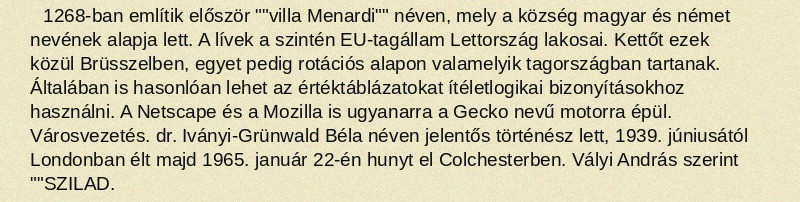
1268-ban említik először ""villa Menardi"" néven, mely a község magyar és német nevének alapja lett. A lívek a szintén EU-tagállam Lettország lakosai. Kettőt ezek közül Brüsszelben, egyet pedig rotációs alapon valamelyik tagországban tartanak. Általában is hasonlóan lehet az értéktáblázatokat ítéletlogikai bizonyításokhoz használni. A Netscape és a Mozilla is ugyanarra a Gecko nevű motorra épül. Városvezetés. dr. Iványi-Grünwald Béla néven jelentős történész lett, 1939. júniusától Londonban élt majd 1965. január 22-én hunyt el Colchesterben. Vályi András szerint ""SZILAD.